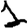
Digit: 1